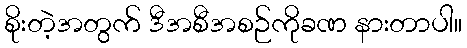
စိုးတဲ့အတွက် ဒီအစီအစဉ်ကိုခဏ နားတာပါ။